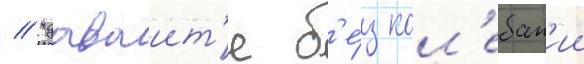
// "даваит'е б'е́з кол'ебан'ии